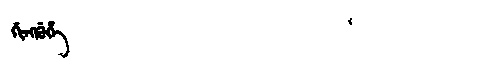
Manchu: ᡤᡳᠩᡤᡠᡥᡝ
Romanization: GINGGUHE